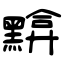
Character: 黭